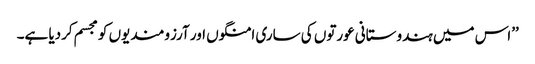
’’اس میں ہندوستانی عورتوں کی ساری امنگوں اور آرزومندیوں کو مجسم کردیا ہے۔